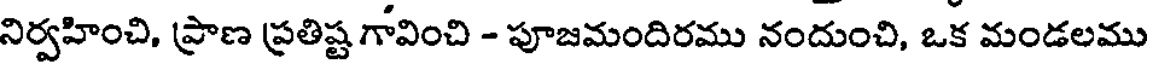
నిర్వహించి, ప్రాణ ప్రతిష్ట గోవించి - పూజమందిరము నందుంచి, ఒక మండలము